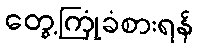
တွေ့ကြုံခံစားရန်